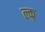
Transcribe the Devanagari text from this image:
ल्क्